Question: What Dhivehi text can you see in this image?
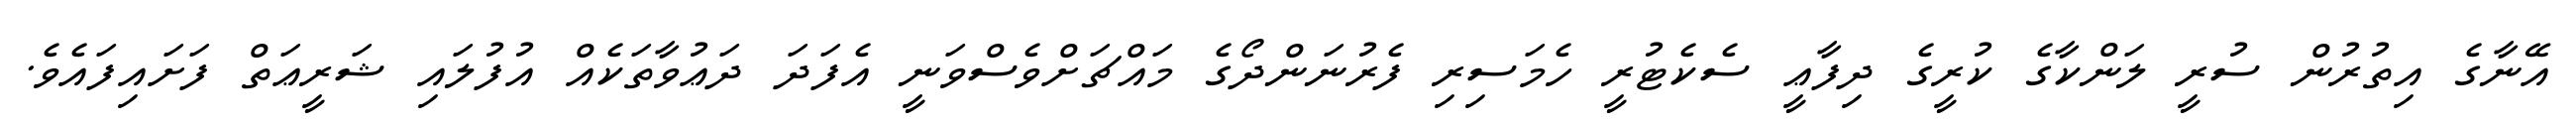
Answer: އޭނާގެ އިތުރުން ސުރީ ލަންކާގެ ކުރީގެ ދިފާޢީ ސެކެޓުރީ ހެމަސިރި ފެރުނަންދޯގެ މައްޗަށްވެސްވަނީ އެފަދަ ދަޢުވާތަކެއް އުފުލައި ޝަރީޢަތް ފަށައިފައެވެ.